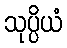
သုပ္ပိယံ